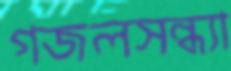
গজলসন্ধ্যা